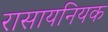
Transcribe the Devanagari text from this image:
रासायनियक